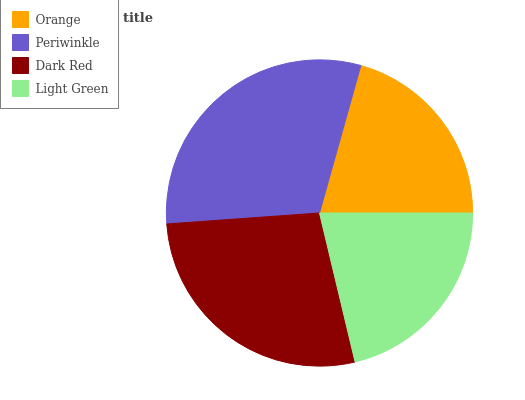
| Orange | Periwinkle | Dark Red | Light Green |
 | --- | --- | --- | --- |
 | 20.7% | 30.5% | 27.5% | 21.3% |